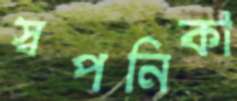
স্বপনিকা